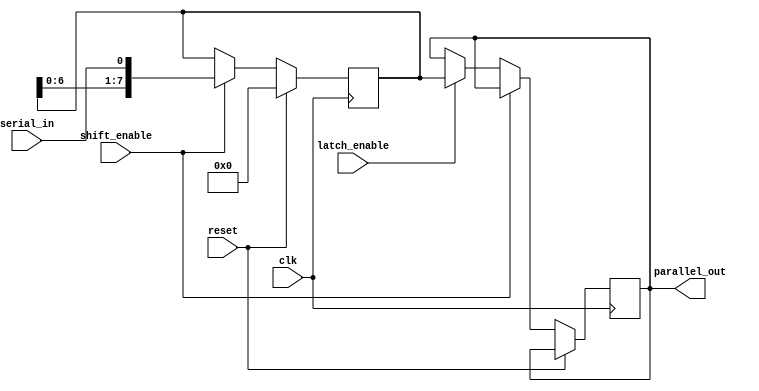
module serial_in_parallel_out (
    input clk,
    input reset,
    input serial_in,
    input shift_enable,
    input latch_enable,
    output reg [7:0] parallel_out
);

reg [7:0] data_reg;

always @(posedge clk) begin
    if (reset) begin
        data_reg <= 8'b00000000;
    end else if (shift_enable) begin
        data_reg <= {data_reg[6:0], serial_in};
    end else if (latch_enable) begin
        parallel_out <= data_reg;
    end
end

endmodule